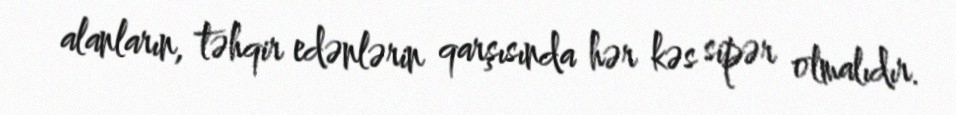
alanların, təhqir edənlərin qarşısında hər kəs sipər olmalıdır.